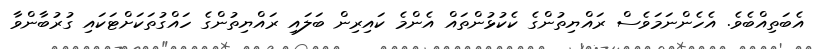
އެބަތިއްބެވެ. އެހެންނަމަވެސް ރައްޔިތުންގެ ކެކުޅުންތައް އެންމެ ކައިރިން ބަލައި ރައްޔިތުންގެ ހައްގުތަކަށްޓަކައި ގުރުބާންވާ